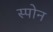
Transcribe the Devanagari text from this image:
स्पोन